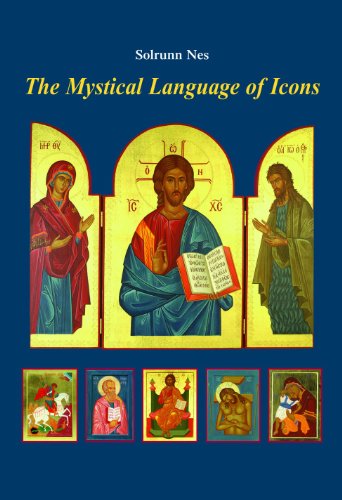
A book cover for The Mystical Language of Icons; Solrunn Nes; Arts & Photography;